Vaccination report Assam 1896-1927 - 1896-1927
Year: 1896
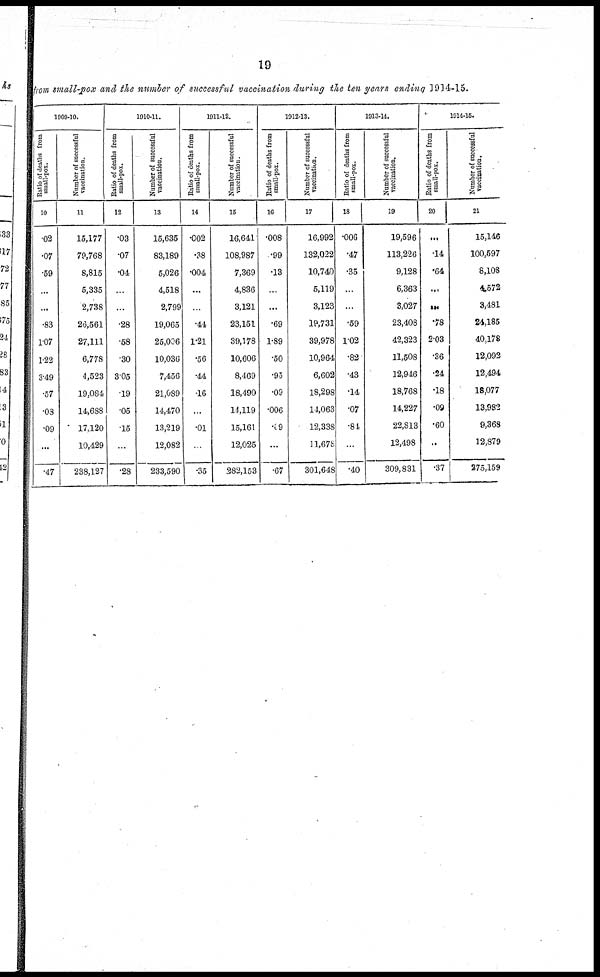
19
from small- pox and the number of successful vaccination during the ten years ending 1914-15.
1909-10.
Ratio of deaths from
small-pox.
10
.02
.07
.59
...
...
.83
1.07
1.22
3.49
.57
.08
.09
...
.47
Number of successful
vaccination.
11
15,177
79,768
8,815
5,335
2,738
26,561
27,111
6,778
4,523
19,084
14,688
17,120
10,429
238,127
1910-11.
Ratio of deaths from
small-pox.
12
.03
.07
.04
...
...
.28
.58
.30
3.05
.19
.05
.15
...
.28
Number of successful
vaccination.
13
15,635
83,189
5,026
4,518
2,799
19,065
25,006
10,036
7,456
21,089
14,470
13,219
12,082
233,590
1911-12.
Ratio of deaths from
small-pox.
14
.002
.38
.004
...
...
.44
1.21
.56
.44
.16
...
.01
...
.35
Number of successful
vaccination.
15
16,641
108,987
7,369
4,836
3,121
23,151
39,178
10,606
8,469
18,490
14,119
15,161
12,025
282,153
1912-13.
Ratio of deaths from
small-pox.
16
.008
.99
.13
...
...
.69
1.89
.50
.95
.09
.006
.09
...
.67
Number of successful
vaccination.
17
16,992
132,022
10,740
5,119
3,123
19,731
39,978
10,964
6,602
18,298
14,063
12,338
11,678
301,648
1913-14.
Ratio of deaths from
small-pox.
18
.006
.47
.35
...
...
.59
1.02
.82
.43
.14
.07
.84
...
.40
Number of successful
vaccination.
19
19,596
113,226
9,128
6,363
3,027
23,408
42,323
11,508
12,946
18,768
14,227
22,813
12,498
309,831
1914-15.
Ratio of deaths from
small-pox.
20
...
.14
.64
...
...
.78
2.03
.36
.24
.18
.09
.60
...
.37
Number of successful
vaccination.
21
15,146
100,597
8,108
4,572
3,481
24,185
40,178
12,092
12,494
18,077
13,982
9,368
12,879
275,159